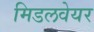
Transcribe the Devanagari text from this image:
मिडलवेयर